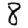
Digit: 8